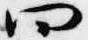
四